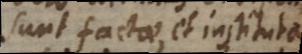
sunt factae, et substa